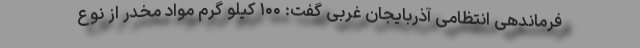
فرماندهی انتظامی آذربایجان غربی گفت: ۱۰۰ کیلو گرم مواد مخدر از نوع